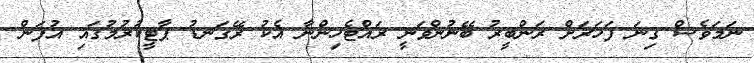
ނަމަވެސް ގިނަ ފަހަރަށް ރަންބީރު ބޭނުންވަނީ ރައްޓެހިންނާ އެކު ރޭގަނޑު ޕާޓީކުރުމުގައި އުފަން